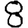
Digit: 8